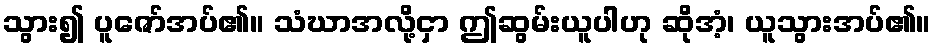
သွား၍ ပူဇော်အပ်၏။ သံဃာအလို့ငှာ ဤဆွမ်းယူပါဟု ဆိုအံ့၊ ယူသွားအပ်၏။